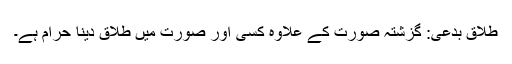
طلاق بدعی: گزشتہ صورت کے علاوہ کسی اور صورت میں طلاق دینا حرام ہے۔